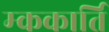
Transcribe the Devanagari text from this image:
म्ककार्ति